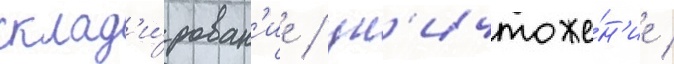
склад'и́рован'ие / ун'ичтоже́н'ие /